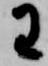
わ